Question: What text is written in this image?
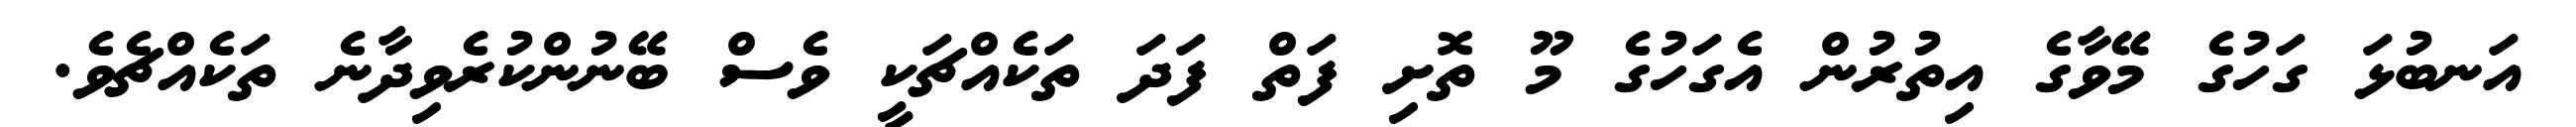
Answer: އަނބުޅަ ގަހުގެ މޭވާގެ އިތުރުން އެގަހުގެ މޫ ތޮށި ފަތް ފަދަ ތަކެއްޗަކީ ވެސް ބޭނުންކުރެވިދާނެ ތަކެއްޗެވެ.